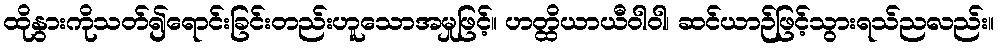
ထိုနွားကိုသတ်၍ရောင်းခြင်းတည်းဟူသောအမှုဖြင့်။ ဟတ္ထိယာယီဝါဝါ၊ ဆင်ယာဉ်ဖြင့်သွားရသ်ညလည်း။